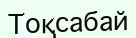
Тоқсабай